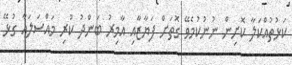
ކަޅުތުއްކަލާ ކޮށިން ނުނުކުމެވޭ ގޮތަށް ފަޔާޒާއި އާމިރު ބަންދު ކުރި މައްސަލައާ ގުޅޭ